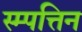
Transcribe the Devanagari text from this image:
स्म्पत्तिन